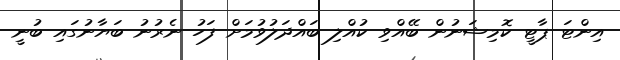
އިންޓަ ޕާޓީ ކޮމިޝަނުން ބޭއްވި ކުއްލި ބައްދަލުވުމަށް ފަހު ނެރުނު ބަޔާނުގައި ބުނީ